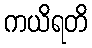
ကယိရတိ